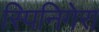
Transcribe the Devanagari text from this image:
स्पिनिगेरा